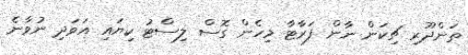
ތަންދޫރި ޗިކަން ނާން ފަރާޓާ މިހެން ގޮސް ލިސްޓު ކިޔައި އަވަދި ނުވާނެ